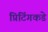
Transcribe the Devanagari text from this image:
प्रिंटिंगकडे